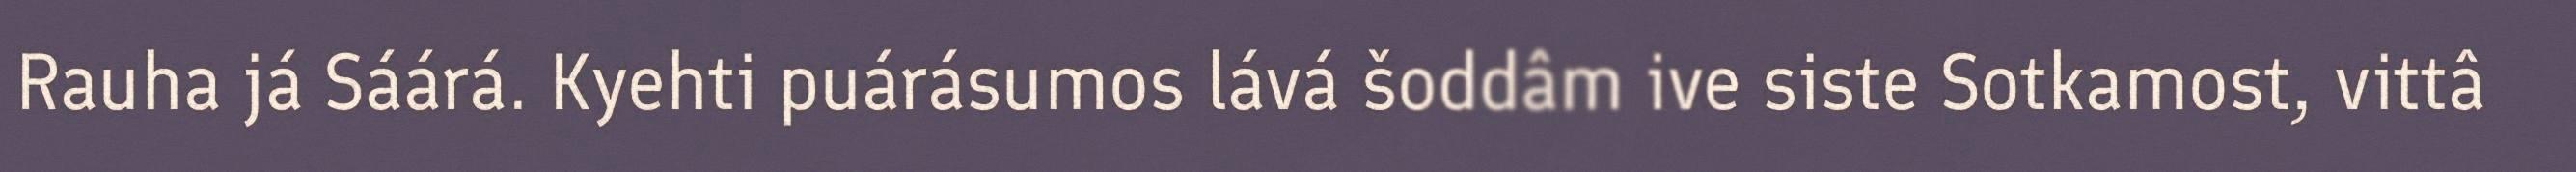
Rauha já Sáárá. Kyehti puárásumos lává šoddâm ive siste Sotkamost, vittâ